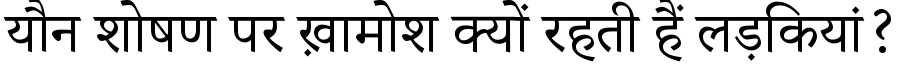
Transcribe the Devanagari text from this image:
यौन शोषण पर ख़ामोश क्यों रहती हैं लड़कियां?